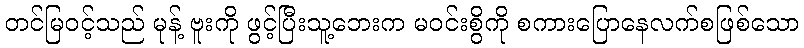
တင်မြဝင့်သည် မုန့် ဗူးကို ဖွင့်ပြီးသူ့ဘေးက မဝင်းစွိကို စကားပြောနေလက်စဖြစ်သော